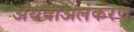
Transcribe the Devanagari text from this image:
अथवाअलंकरण